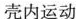
壳内运动